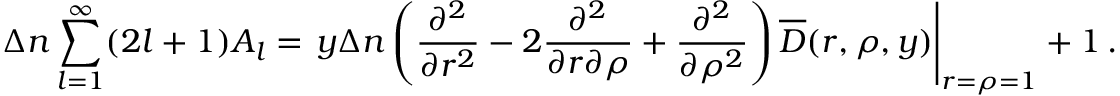
\Delta n \sum _ { l = 1 } ^ { \infty } ( 2 l + 1 ) A _ { l } = \left. y \Delta n \left( \frac { \partial ^ { 2 } } { \partial r ^ { 2 } } - 2 \frac { \partial ^ { 2 } } { \partial r \partial \rho } + \frac { \partial ^ { 2 } } { \partial \rho ^ { 2 } } \right) \overline { { { \cal D } } } ( r , \rho , y ) \right| _ { r = \rho = 1 } + 1 \, { . }